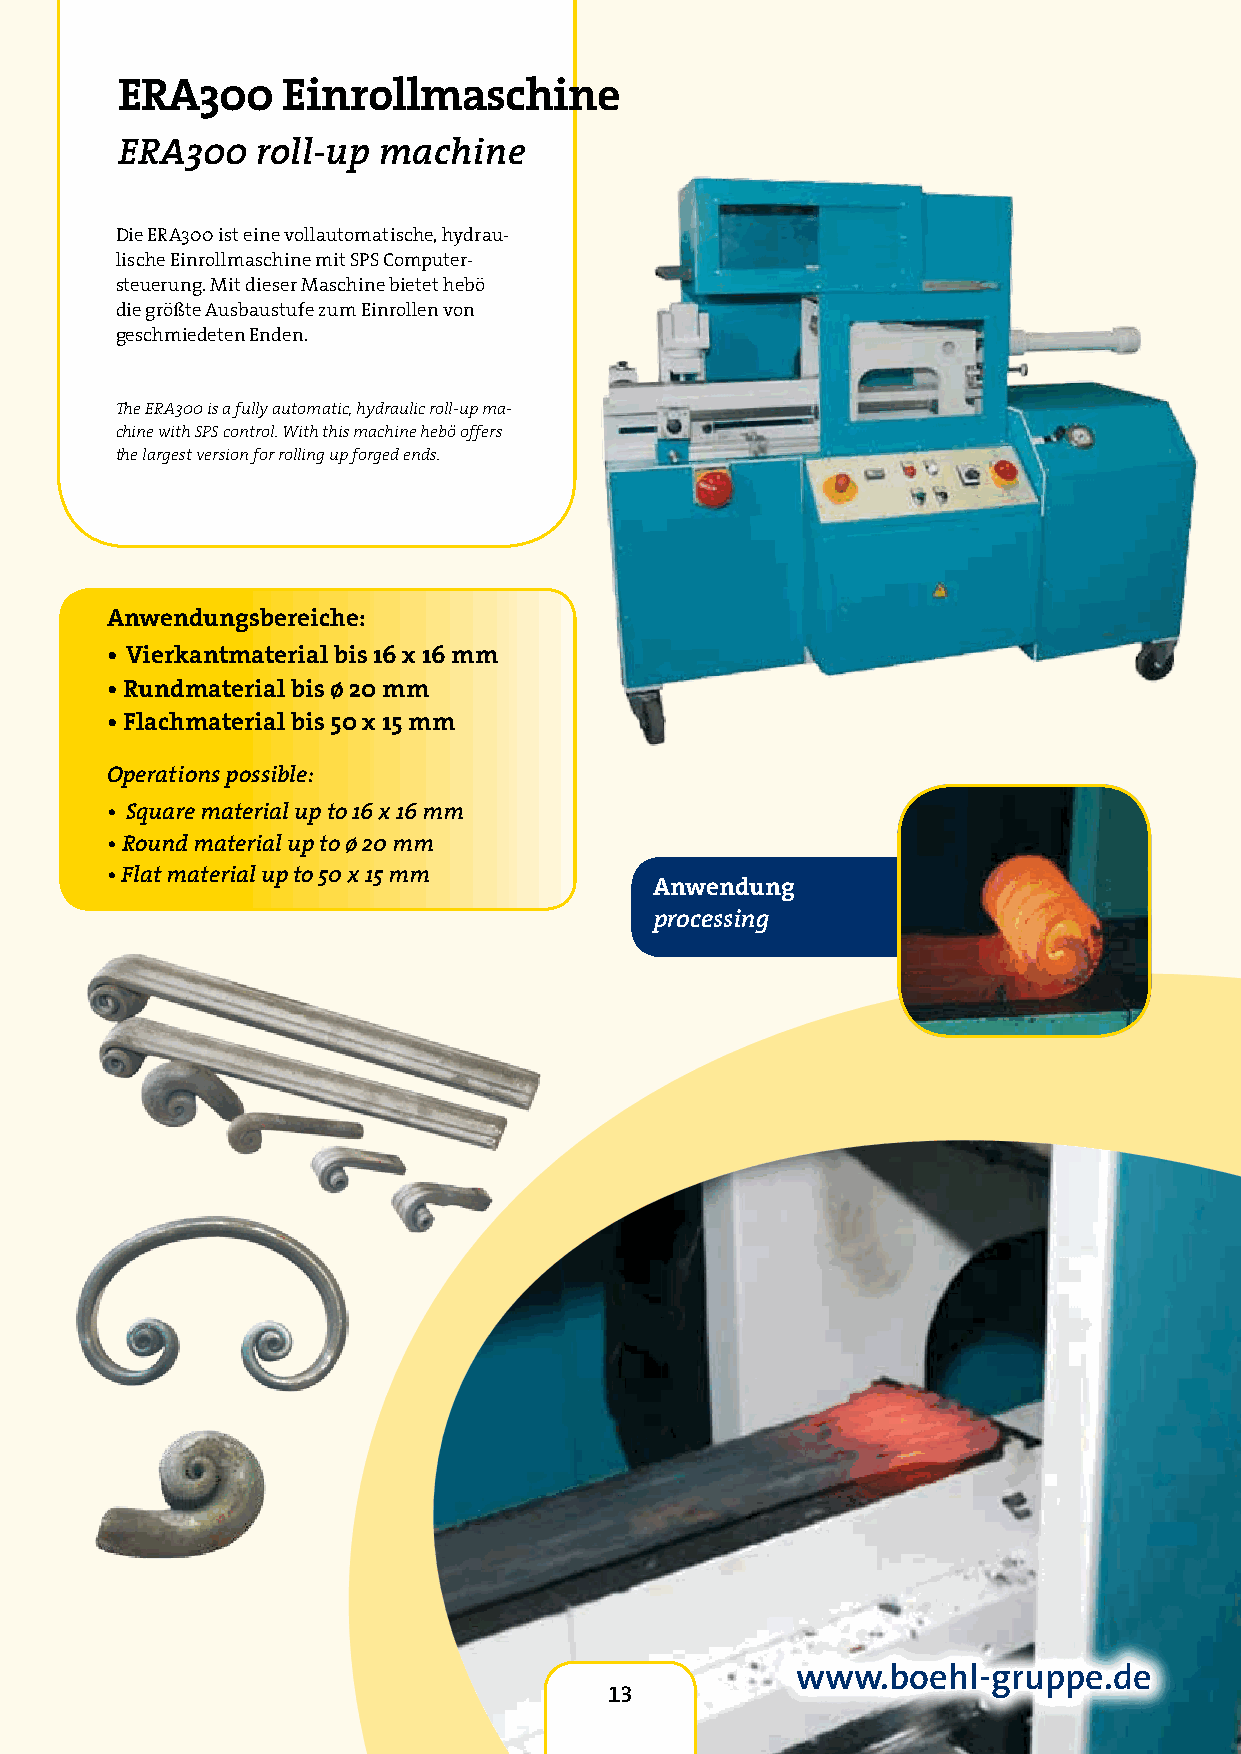
ERA300     Einrollmaschine
 ERA300   roll-up machine
 Die ERA300 ist eine vollautomatische, hydrau-
 lische Einrollmaschine mit SPS Computer-
 steuerung. Mit dieser Maschine bietet hebö
 die größte Ausbaustufe zum Einrollen von
 geschmiedeten Enden.
 The ERA300 is a fully automatic, hydraulic roll-up ma-
 chine with SPS control. With this machine hebö offers
 the largest version for rolling up forged ends.
 Anwendungsbereiche:
 • Vierkantmaterial bis 16 x 16 mm
 • Rundmaterial bis ø 20 mm
 • Flachmaterial bis 50 x 15 mm
 Operations possible:
 • Square material up to 16 x 16 mm
 • Round material up to ø 20 mm
 • Flat material up to 50 x 15 mm
 Anwendung
 processing
 13
 www.boehl-gruppe.de
 13